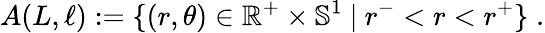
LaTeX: A(L,\ell):=\{ (r,\theta)\in\mathbb{R}^{+}\times\mathbb{S}^{1}\ |\ r^{-}<r<r^{+}\} \; .